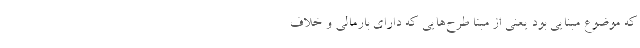
که موضوع مبنایی بود یعنی از مبنا طرح‌هایی که دارای بارمالی و خلاف